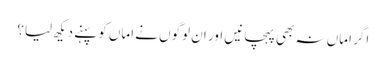
اگر اماں نہ بھی پہچانیں اور ان لوگوں نے اماں کو پہنے دیکھ لیا؟